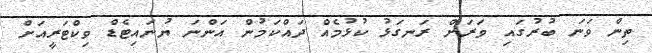
ތިން ވަނަ ބުރުގައި ވަރަށް ރަނގަޅު ކުޅުމެއް ދައްކަމުން އަންނަ ޔުނައިޓެޑް ވިކްޓަރީއަށް